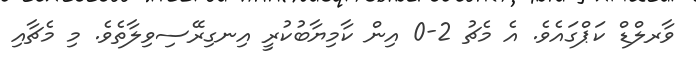
ވާރލްޑް ކަޕްގައެވެ. އެ މެޗު 2-0 އިން ކާމިޔާބުކުރީ އިނގިރޭސިވިލާތެވެ. މި މެޗާއި